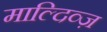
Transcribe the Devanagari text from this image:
माल्दिव्ज़